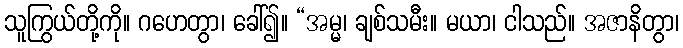
သူကြွယ်တို့ကို။ ဂဟေတွာ၊ ခေါ်၍။ “အမ္မ၊ ချစ်သမီး။ မယာ၊ ငါသည်။ အဇာနိတွာ၊